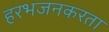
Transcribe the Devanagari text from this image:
हरभजनकरता